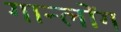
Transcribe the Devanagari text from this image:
गान्लोंग